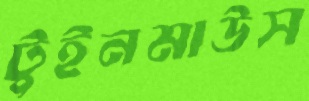
টুইনমাউস